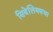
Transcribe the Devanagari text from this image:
सिबेलियसचा